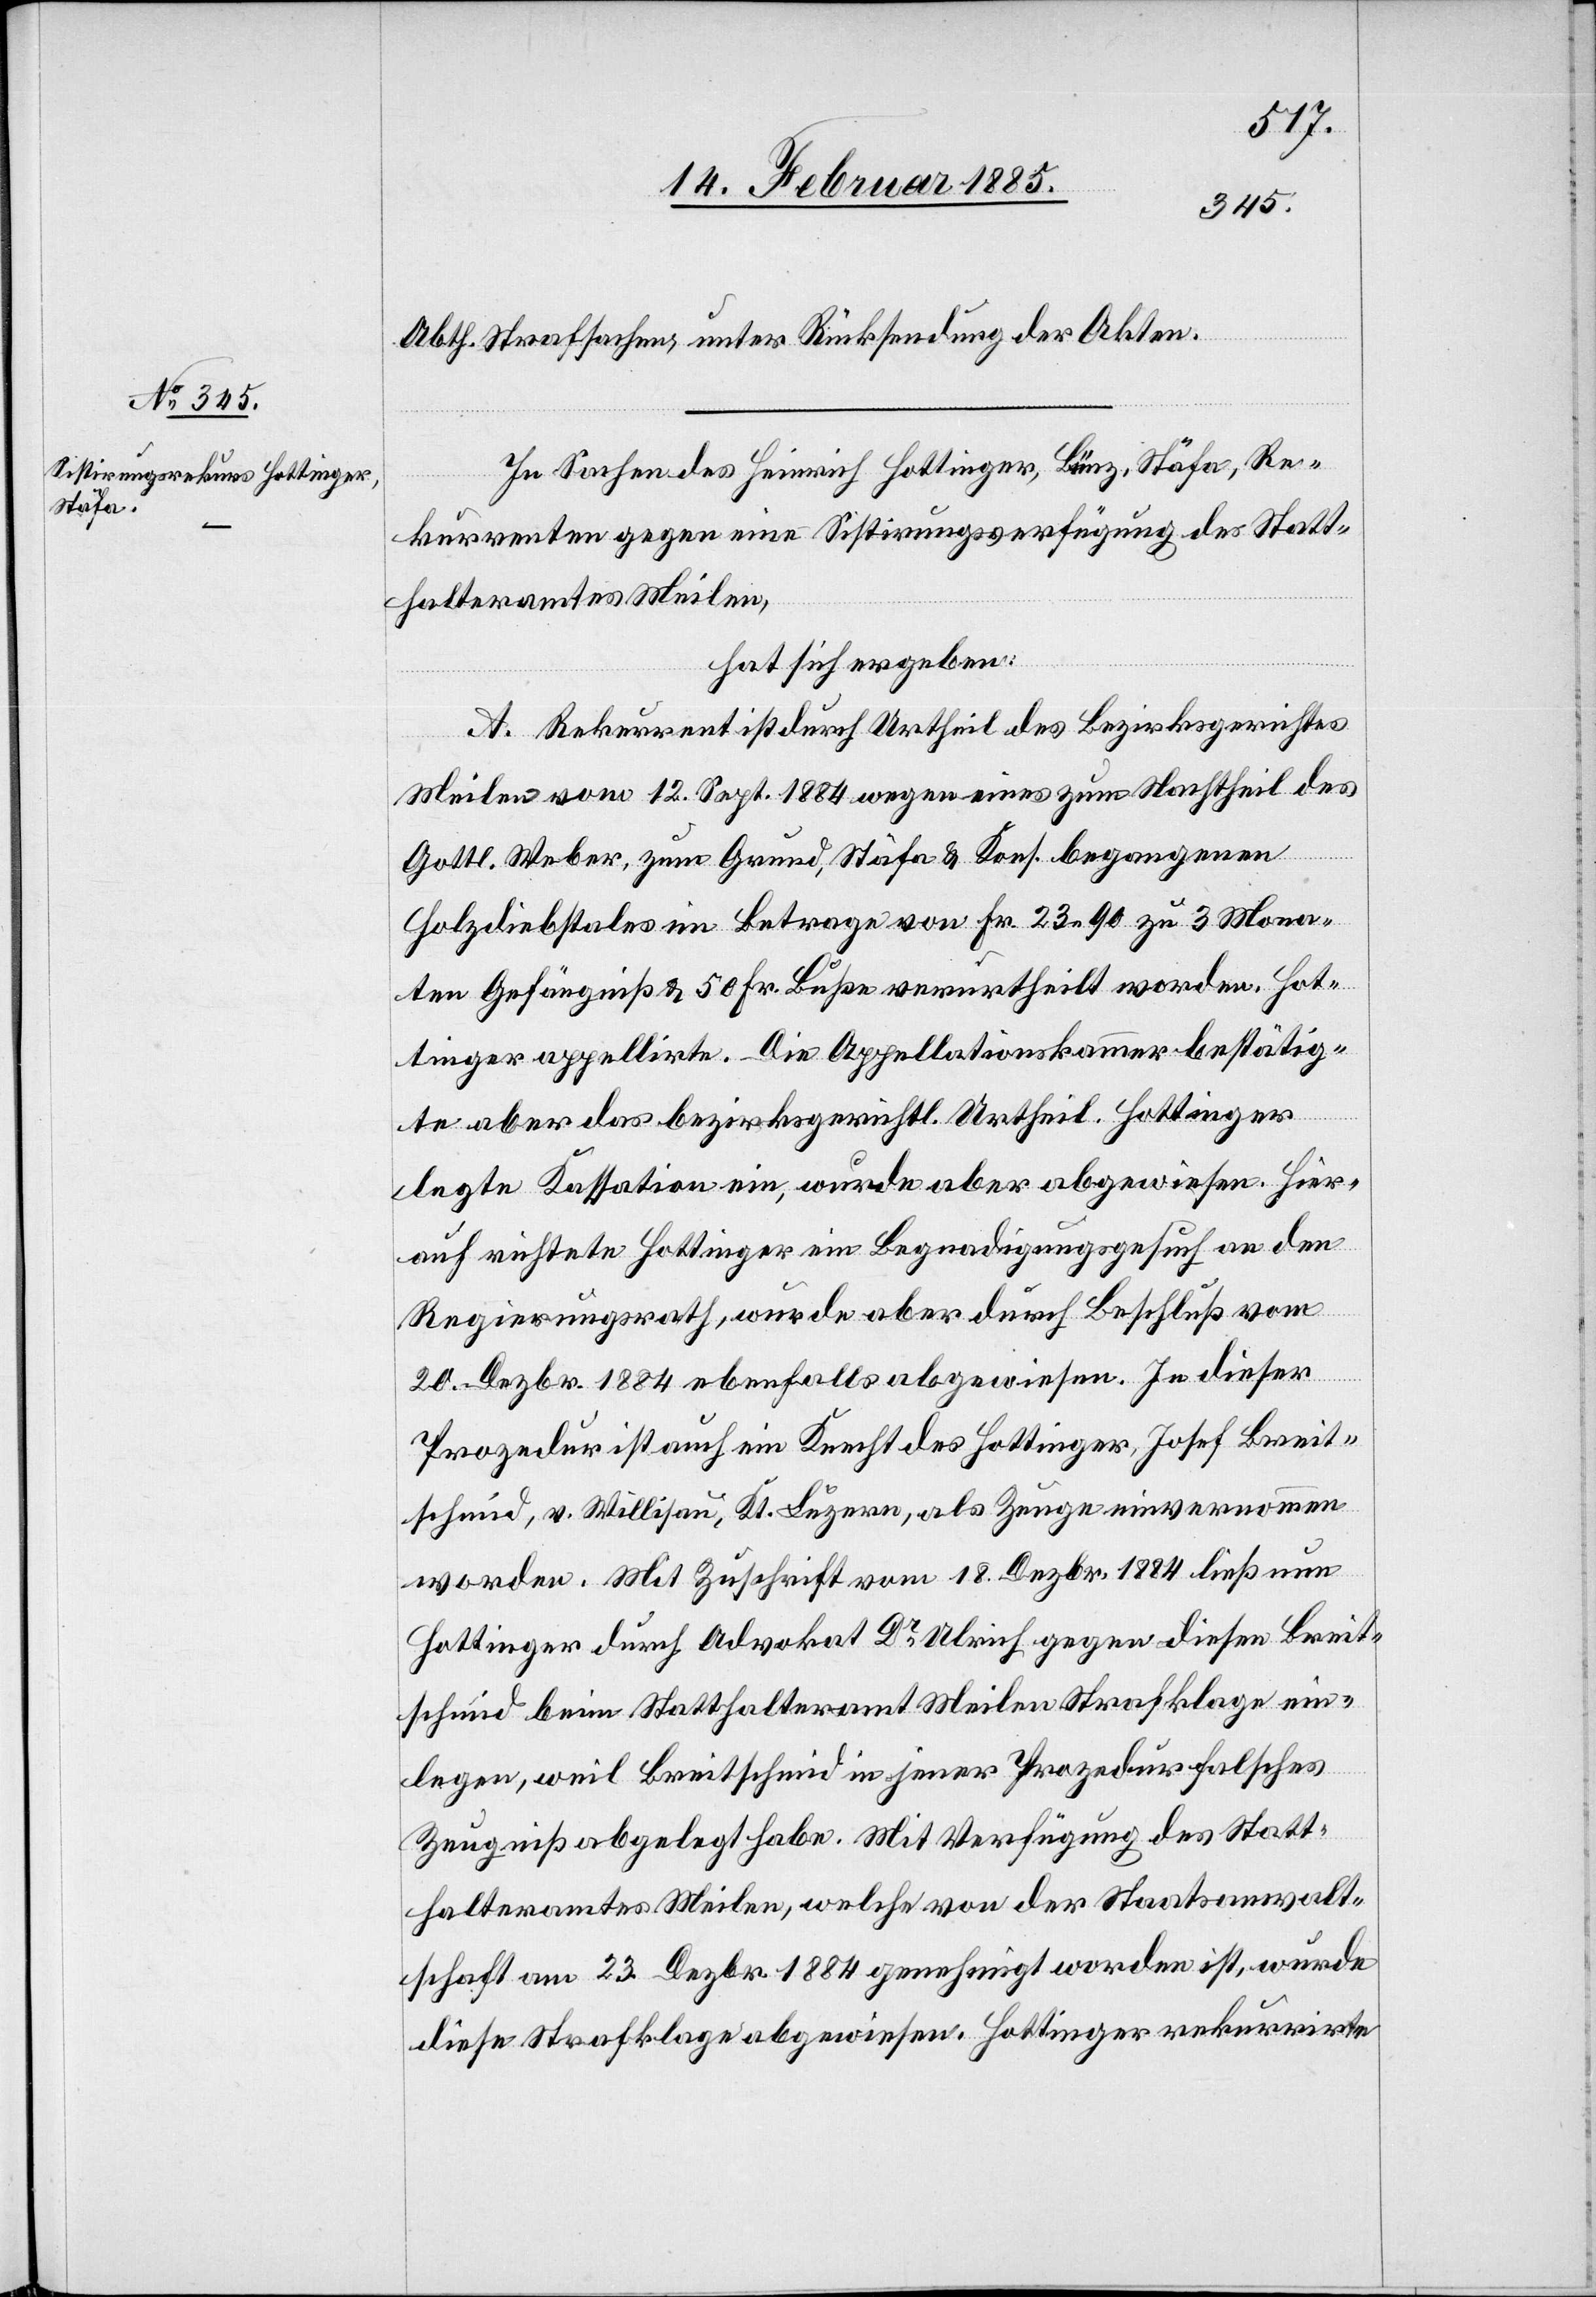
Abth. Strafsachen, unter Rücksendung der Akten.
In Sachen des Heinrich Hottinger, Bünz, Stäfa, Re¬
kurrenten gegen eine Stistirungsverfügung des Statt¬
halteramtes Meilen,
hat sich ergeben:
A. Rekurrent ist durch Urtheil des Bezirksgerichtes
Meilen vom 12. Sept. 1884 wegen eines zum Nachtheil des
Gottl. Weber, zum Grund, Stäfa & Kons. begangenen
Holzdiebstales im Betrage von Fr. 23 90 zu 3 Mona¬
ten Gefängnis & 50 Fr. Buße verurtheilt worden. Hot¬
tinger appellirte. Die Appellationskammer bestätig¬
te aber das bezirksräthl. Urtheil. Hottinger
legte Kassation ein, wurde aber abgewiesen. Hier¬
auf richtete Hottinger ein Begnadigungsgesuch an den
Regierungsrath, wurde aber durch Beschluß vom
20. Dezbr. 1884 ebenfalls abgewiesen. In dieser
Prozedur ist auch ein Knecht des Hottinger, Josef Breit¬
schmid, v. Willisau, Kt. Luzern, als Zeuge einvernommen
worden. Mit Zuschrift vom 18. Dezbr. 1884 ließ nun
Hottinger durch Advokat Dr Ulrich gegen diesen Breit¬
schmid beim Statthalteramt Meilen Strafklage ein¬
legen, weil Breitschmid in jener Prozedur falsches
Zeugniß abgelegt habe. Mit Verfügung des Statt¬
halteramtes Meilen, welche von der Staatsanwalt¬
schaft am 23. Dezbr. 1884 genehmigt worden ist, wurde
diese strafklage abgewiesen. Hottinger rekurrirte